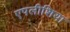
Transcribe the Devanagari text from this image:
एपलीशिया